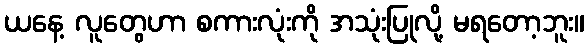
ယနေ့ လူတွေဟာ စကားလုံးကို အသုံးပြုလို့ မရတော့ဘူး။